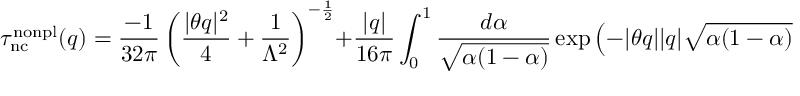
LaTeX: \tau _ { \mathrm { n c } } ^ { \mathrm { n o n p l } } ( q ) = \frac { - 1 } { 3 2 \pi } \left( \frac { | \theta q | ^ { 2 } } { 4 } + \frac { 1 } { \Lambda ^ { 2 } } \right) ^ { - \frac 1 2 } + \frac { | q | } { 1 6 \pi } \int _ { 0 } ^ { 1 } \frac { d \alpha } { \sqrt { \alpha ( 1 - \alpha ) } } \exp \left( - | \theta q | | q | \sqrt { \alpha ( 1 - \alpha ) } \right)